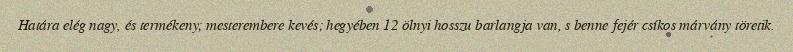
Határa elég nagy, és termékeny; mesterembere kevés; hegyében 12 ölnyi hosszu barlangja van, s benne fejér csíkos márvány töretik.